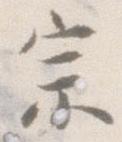
宗